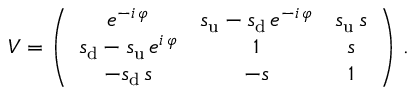
V = \left( \begin{array} { c c c } { { e ^ { - i \, \varphi } } } & { { s _ { \mathrm { u } } - s _ { \mathrm { d } } \, e ^ { - i \, \varphi } } } & { { s _ { \mathrm { u } } \, s } } \\ { { s _ { \mathrm { d } } - s _ { \mathrm { u } } \, e ^ { i \, \varphi } } } & { { 1 } } & { { s } } \\ { { - s _ { \mathrm { d } } \, s } } & { { - s } } & { { 1 } } \end{array} \right) \, .